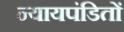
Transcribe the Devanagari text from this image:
न्यायपंडितों